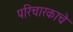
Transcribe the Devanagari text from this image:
परिचारकाचे